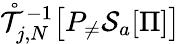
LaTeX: \mathring{\mathcal{T}}_{j,N}^{-1}\big[P_{\neq}\mathcal{S}_{a}[\Pi]\big]